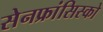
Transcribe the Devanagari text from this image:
सेनफ्रांसिस्को